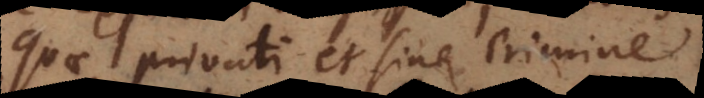
uae privati et sine crimine